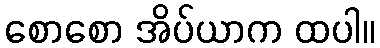
စောစော အိပ်ယာက ထပါ။